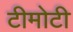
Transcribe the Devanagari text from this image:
टीमोटी